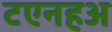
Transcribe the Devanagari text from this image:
टएनहअ